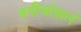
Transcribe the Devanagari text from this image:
बगीचोंवाले